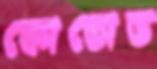
কোতোভ